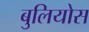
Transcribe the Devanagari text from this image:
बुलियोस